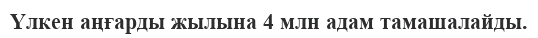
Үлкен аңғарды жылына 4 млн адам тамашалайды.